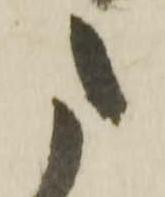
た